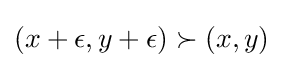
(x+\epsilon ,y+\epsilon )\succ (x,y)